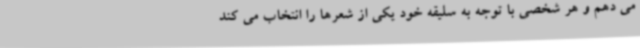
می دهم و هر شخصی با توجه به سلیقه خود یکی از شعرها را انتخاب می کند